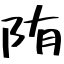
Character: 陏